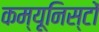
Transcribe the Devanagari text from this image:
कम्यूनिस्टों